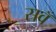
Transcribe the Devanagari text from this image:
सवँ